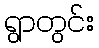
ရွာတွင်း